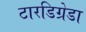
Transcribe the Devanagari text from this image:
टारडिग्रेडा